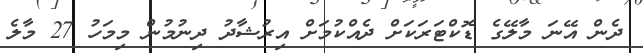
ދެން އޭނަ މާލޭގެ ޑޮކްޓަރަކަށް ދެއްކުމަށް އިރުޝާދު ދިނުމުން މިމަހު 27 މާލެ